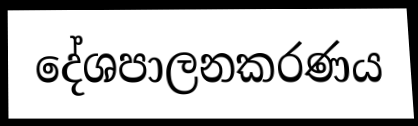
දේශපාලනකරණය